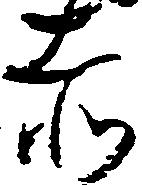
赤